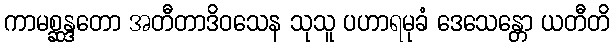
ကာမစ္ဆန္ဒတော အတီတာဒိဝသေန သုသူ ပဟာရမုခံ ဒေသေန္တော ယတီတိ